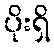
ပိုးရှိ